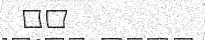
٧٧